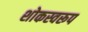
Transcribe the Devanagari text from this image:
शोकस्वरूप